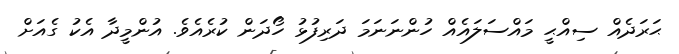
ޙަރަދެއް ސިއްޙީ މައްސަލައެއް ހުންނަނަމަ ދަރިފުޅު ހޯދަން ކުރެއެވެ. އުންމީދާ އެކު ގެއަށް